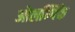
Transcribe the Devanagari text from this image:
ओलम्पिके